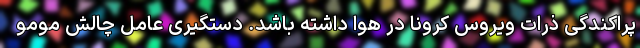
پراکندگی ذرات ویروس کرونا در هوا داشته باشد. دستگیری عامل چالش مومو